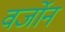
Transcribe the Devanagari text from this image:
वर्जोन